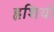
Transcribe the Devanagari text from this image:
हृशियों